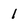
Character: 1